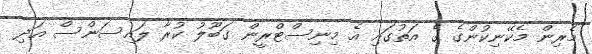
މެރިން މެކޭނިކުންގެ ގެ އަތުގައި އެ މިނިސްޓްރީން ގަބޫލު ކުރާ ލައިސަންސް އަދި